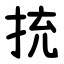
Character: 㧤